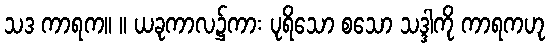
သဒ ကာရက။ ။ ယခုကာလ၌ကား ပုရိသော စသော သဒ္ဒါကို ကာရကဟု